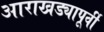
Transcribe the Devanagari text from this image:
आराखड्यापूर्वी